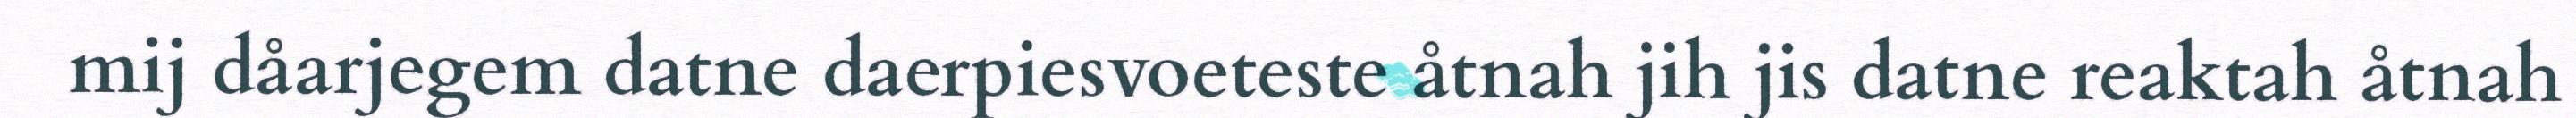
mij dåarjegem datne daerpiesvoeteste åtnah jih jis datne reaktah åtnah